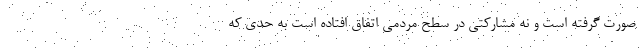
صورت گرفته است و نه مشارکتی در سطح مردمی اتفاق افتاده است به حدی که